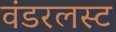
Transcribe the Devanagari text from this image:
वंडरलस्ट